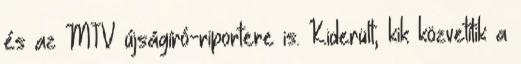
és az MTV újságíró-riportere is. Kiderült, kik közvetítik a